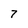
Character: 7